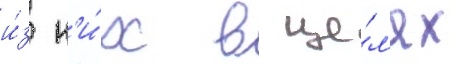
и́з н'и́х в це́л'ях